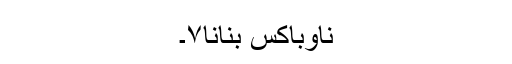
ناوباکس بنانا۷۔